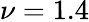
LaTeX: \nu=1.4